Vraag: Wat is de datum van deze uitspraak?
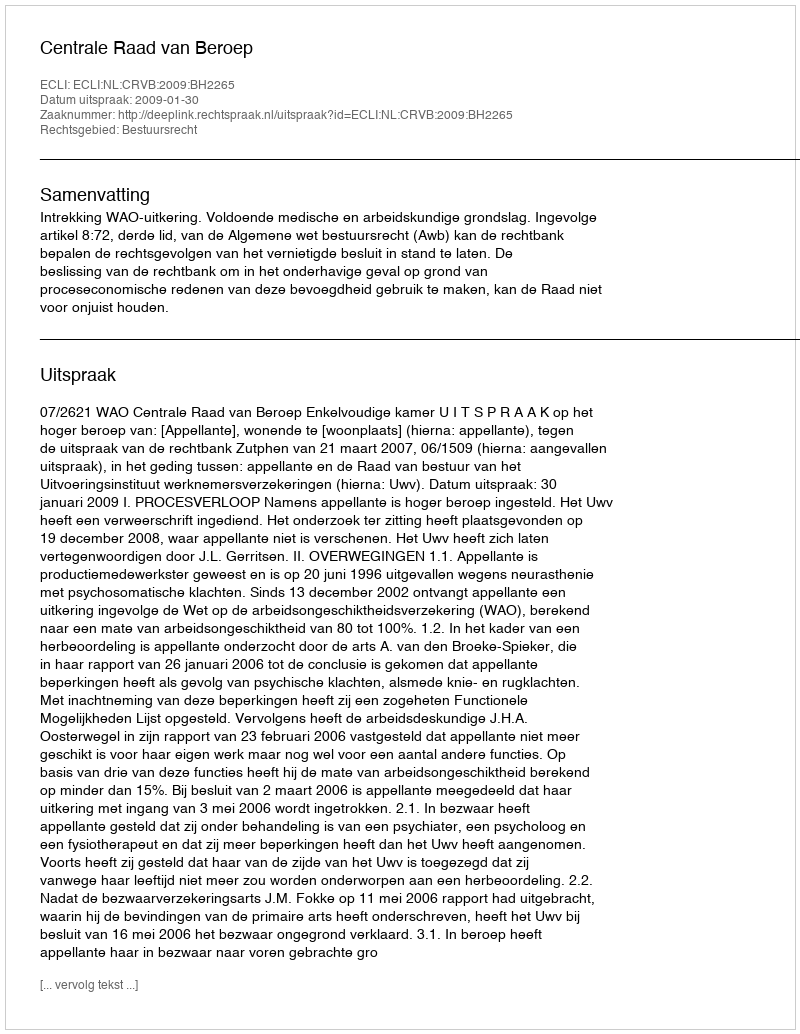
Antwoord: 2009-01-30